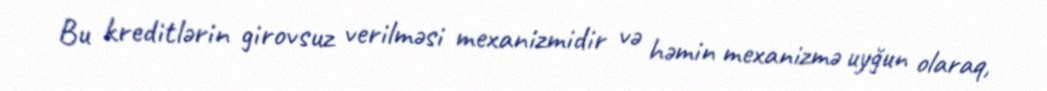
Bu kreditlərin girovsuz verilməsi mexanizmidir və həmin mexanizmə uyğun olaraq,